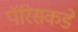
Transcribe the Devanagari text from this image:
पॅरिसकडे